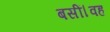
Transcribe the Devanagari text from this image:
बसीं।वह